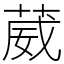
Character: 葳